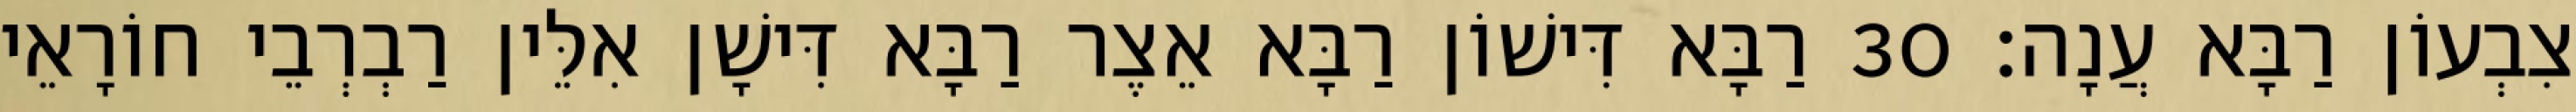
צִבְעוֹן רַבָּא עֲנָה׃ 30 רַבָּא דִּישׁוֹן רַבָּא אֵצֶר רַבָּא דִּישָׁן אִלֵּין רַבְרְבֵי חוֹרָאֵי